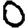
Digit: 0